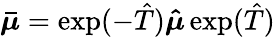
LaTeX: \boldsymbol{\bar{\mu}}=\exp(-\hat{T})\boldsymbol{\hat{\mu}}\exp(\hat{T})